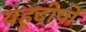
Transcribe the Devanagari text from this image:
यहूदीयों